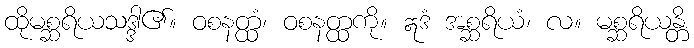
ထိုမစ္ဆရိယသဒ္ဒါ၏။ ဝစနတ္ထံ၊ ဝစနတ္ထကို။ ဣဒံ အစ္ဆရိယံ၊ လ။ မစ္ဆရိယန္တိ